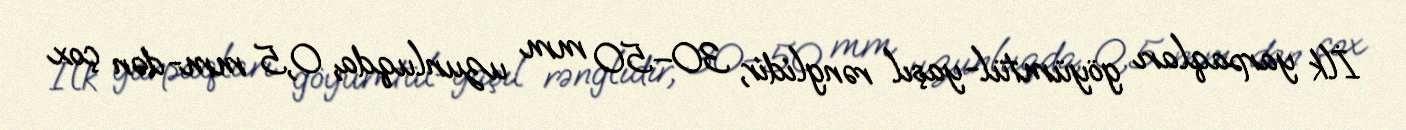
İlk yarpaqları göyümtül-yaşıl rənglidir, 30–50 mm uzunluqda, 0,5 mm-dən çox